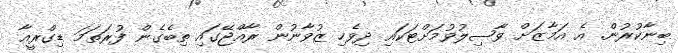
ބިނާކުރުން. އެ އަމާޒަށް ވާޞިލުވުމަށްޓަކައި ދިވެހި ޒުވާނުން ރާއްޖޭގައި ތިބެގެން ފުރަތަމަ ޑިގްރީއާ